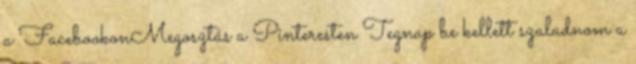
a FacebookonMegosztás a Pinteresten Tegnap be kellett szaladnom a